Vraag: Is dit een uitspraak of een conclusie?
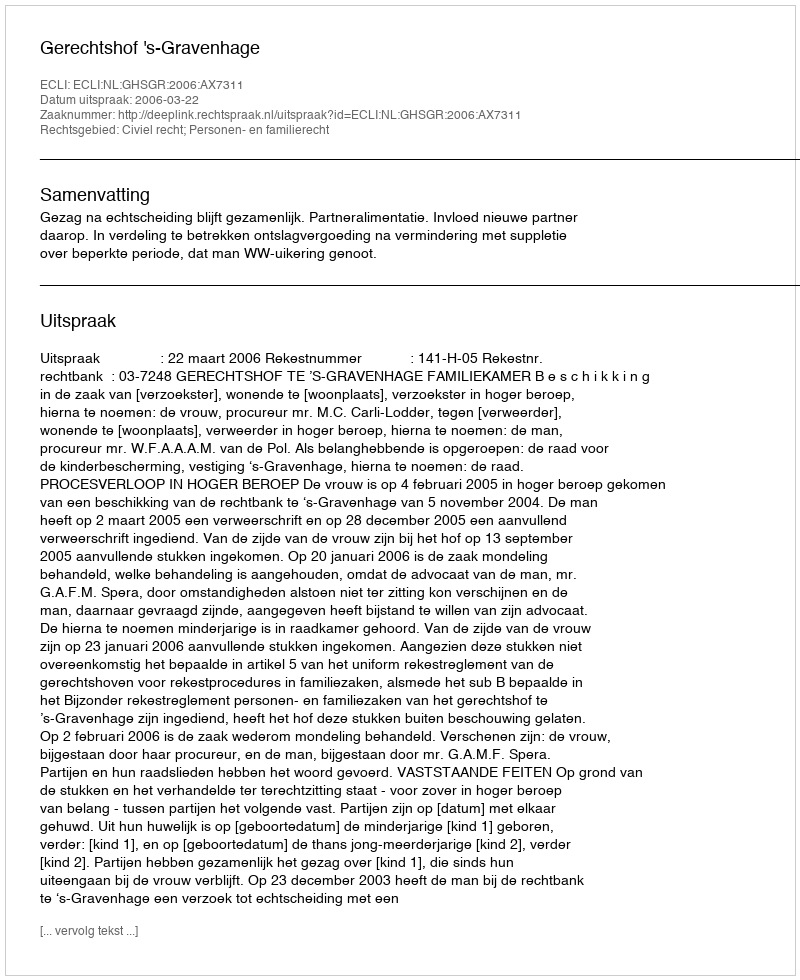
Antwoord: Uitspraak